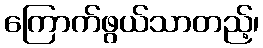
ကြောက်ဖွယ်သာတည့်၊